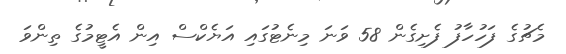
މެޗުގެ ފަހުހާފު ފެށިގެން 58 ވަނަ މިނެޓުގައި އަޔެކްސް އިން އެޓީމުގެ ތިންވަ